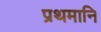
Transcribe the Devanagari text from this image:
प्रथमानि